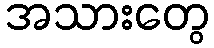
အသားတွေ